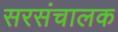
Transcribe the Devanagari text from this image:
सरसंचालक